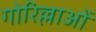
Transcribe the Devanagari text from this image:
गोरिल्लाओं